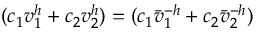
( c _ { 1 } v _ { 1 } ^ { h } + c _ { 2 } v _ { 2 } ^ { h } ) = ( c _ { 1 } \bar { v } _ { 1 } ^ { - h } + c _ { 2 } \bar { v } _ { 2 } ^ { - h } )